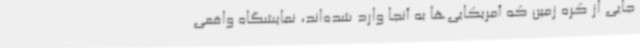
جایی از کره‌ زمین که آمریکایی‌ها به آنجا وارد شده‌اند، نمایشگاه واقعی